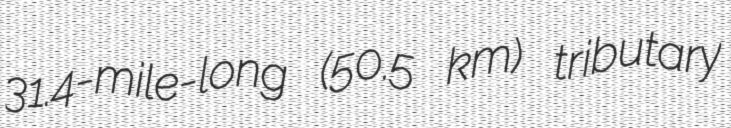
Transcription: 31.4-mile-long (50.5 km) tributary